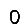
Digit: 0